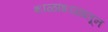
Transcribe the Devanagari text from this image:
शाळांशाळातून